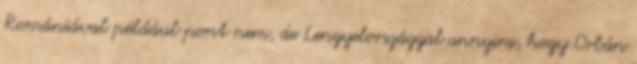
Romániával például pont nem, de Lengyelországgal annyira, hogy Orbán